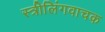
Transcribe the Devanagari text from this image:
स्त्रीलिंगवाचक